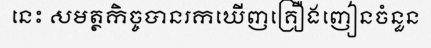
នេះ សមត្ថកិច្ចបានរកឃើញគ្រឿងញៀនចំនួន